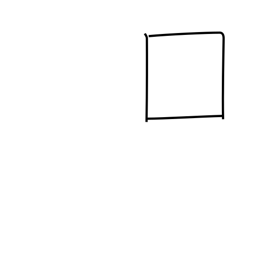
Meaning: box or enclosure radical (no. 31)